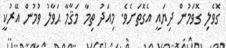
ގޮވެލި ގޮވަމުން ދިޔައީ އެގޮތަށެވެ. މިއަދު ތިމާ މަޤާމާ ޙަވާލު ވުމުން އޭރުކީ